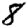
Digit: 8